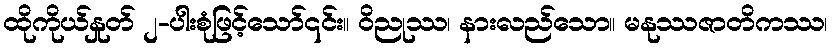
ထိုကိုယ်နှုတ် ၂-ပါးစုံဖြင့်သော်၎င်း။ ဝိညုဿ၊ နားလည်သော။ မနုဿဇာတိကဿ၊